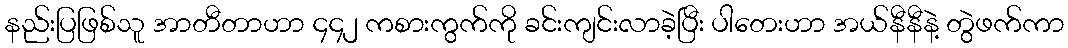
နည်းပြဖြစ်သူ အာတီတာဟာ ၄၄၂ ကစားကွက်ကို ခင်းကျင်းလာခဲ့ပြီး ပါတေးဟာ အယ်နီနီနဲ့ တွဲဖက်ကာ